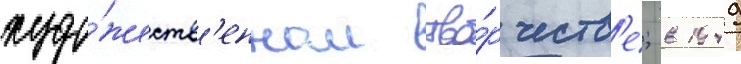
худо́жеств'енном тво́рчеств'е; в 1949